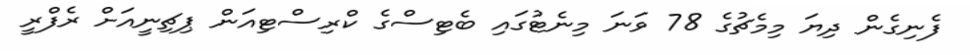
ފެނިގެން ދިޔަ މިމެޗުގެ 78 ވަނަ މިނެޓުގައި ބެޓިސްގެ ކްރިސްޓިއަން ޕިޗިނީއަށް ރެފްރީ